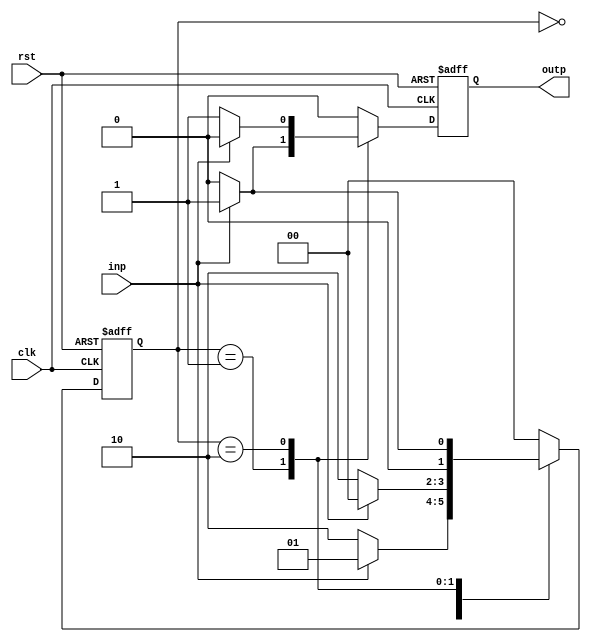
module mealy(clk, rst, inp, outp);
	input clk, rst, inp;
	output outp;
	reg[1:0] state;
	reg outp;
	
	always@(posedge clk, posedge rst) begin
		if(rst) begin
			state <= 2'b00;
			outp <= 0;
		end
		
		else begin
			case(state)
				2'b00: begin
					if(inp) begin
						state <= 2'b01;
						outp <= 0;
					end
					else begin
						state <= 2'b10;
						outp <= 0;
					end
				end
				
				2'b01: begin
					if(inp) begin
						state <= 2'b00;
						outp <= 1;
					end
					else begin
						state <= 2'b10;
						outp <= 0;
					end
				end
				
				2'b10: begin
					if(inp) begin
						state <= 2'b01;
						outp <= 0;
					end
					else begin
						state <= 2'b00;
						outp <= 1;
					end
				end
				
				default: begin
					state <= 2'b00;
					outp <= 0;
				end
			endcase
		end
	end
endmodule

module testmealy;
	reg clk, rst, inp;
	wire outp;
	reg[15:0] sequence;
	integer i;
	
	mealy duty(clk, rst, inp, outp);
	
	initial 
		begin
			clk=0;
			rst=1;
			sequence = 16'b0101_0111_0111_0010;
			#5 rst=0;
			
			for( i=0; i<=15; i=i+1) begin
				$display($time, " State=", duty.state);
				inp = sequence[i];
				#2 clk=1;
				#2 clk=0;
				$display($time, " State=", duty.state, " Input = ", inp, ", Output = ", outp);
			end
			//$display("over");
		testing;
	end
	
	task testing;
		for( i=0; i<=15; i=i+1) begin
			inp= $random % 2;
			#2 clk=1;
			#2 clk=0;
			$display($time, " State=", duty.state, " Input = ", inp, ", Output = ", outp);
		end
	endtask
	
	/*initial 
		begin
		$dumpfile("test.vcd");
		$dumpvars();
		end*/
endmodule